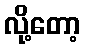
လို့တော့